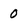
Character: 0